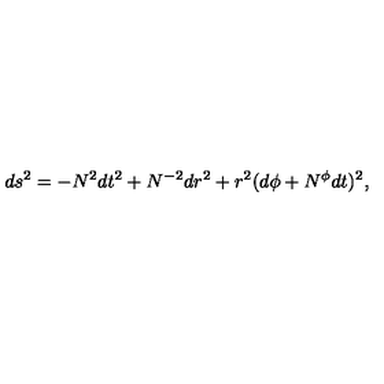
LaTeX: d s ^ { 2 } = - N ^ { 2 } d t ^ { 2 } + N ^ { - 2 } d r ^ { 2 } + r ^ { 2 } ( d \phi + N ^ { \phi } d t ) ^ { 2 } ,